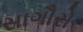
સાગૌરો